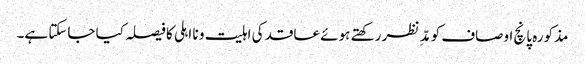
مذکورہ پانچ اوصاف کو مدِّ نظر رکھتے ہوئے عاقد کی اہلیت و نا اہلی کا فیصلہ کیا جاسکتا ہے۔